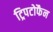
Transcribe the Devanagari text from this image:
ट्रिपटोफैन